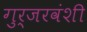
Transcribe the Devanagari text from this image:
गुर्जरवंशी